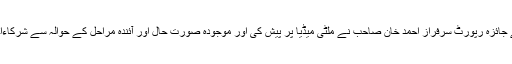
٭	قرطبہ پراجیکٹ کے حوالہ سے جائزہ رپورٹ سرفراز احمد خان صاحب نے ملٹی میڈیا پر پیش کی اور موجودہ صورت حال اور آئندہ مراحل کے حوالہ سے شرکاءاجلاس کو تفصیل سے بریفنگ دی ۔